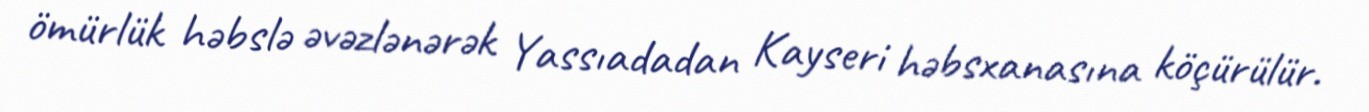
ömürlük həbslə əvəzlənərək Yassıadadan Kayseri həbsxanasına köçürülür.